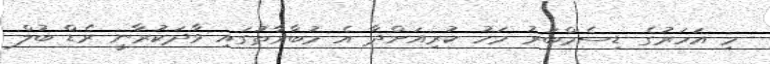
މި އަހަރުގެ ޑިސެމްބަރު މަހު ކުރިއަށްދާ އެ މުބާރާތުގައި ވާދަކުރާނީ ރެޑް ބުލް